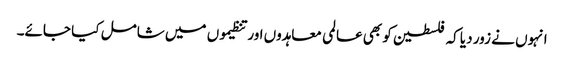
انہوں نے زور دیا کہ فلسطین کو بھی عالمی معاہدوں اور تنظیموں میں شامل کیا جائے۔